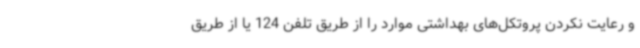
و رعایت نکردن پروتکل‌های بهداشتی موارد را از طریق تلفن 124 یا از طریق